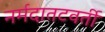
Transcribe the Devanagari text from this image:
नर्मदातटवर्ती